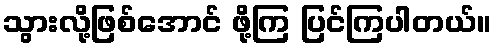
သွားလို့ဖြစ်အောင် ဖို့ကြ ပြင်ကြပါတယ်။